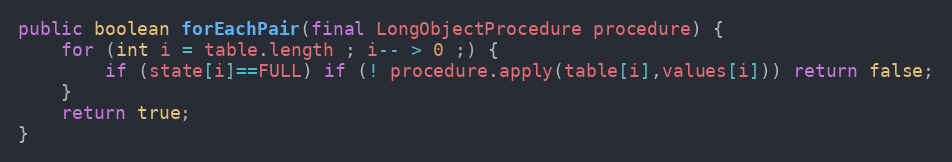
Language: Java
public boolean forEachPair(final LongObjectProcedure procedure) {
	for (int i = table.length ; i-- > 0 ;) {
		if (state[i]==FULL) if (! procedure.apply(table[i],values[i])) return false;
	}
	return true;
}